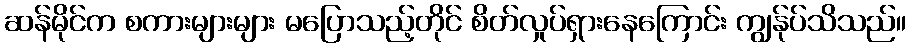
ဆန်မိုင်က စကားများများ မပြောသည့်တိုင် စိတ်လှုပ်ရှားနေကြောင်း ကျွန်ုပ်သိသည်။